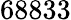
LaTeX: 68833